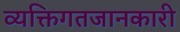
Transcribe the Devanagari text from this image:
व्यक्तिगतजानकारी